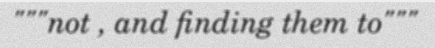
"""not , and finding them to"""